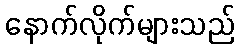
နောက်လိုက်များသည်